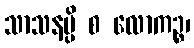
သာသနမ္ပိ စ လောကဉ္စ၊